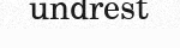
undrest